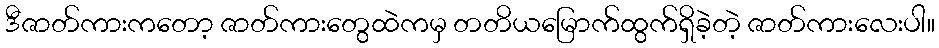
ဒီဇာတ်ကားကတော့ ဇာတ်ကားတွေထဲကမှ တတိယမြောက်ထွက်ရှိခဲ့တဲ့ ဇာတ်ကားလေးပါ။